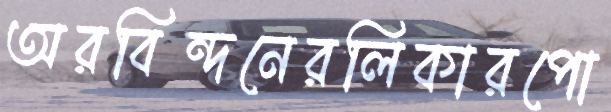
অরবিন্দনেরলিকারপো